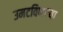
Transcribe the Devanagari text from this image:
उमटविणाऱ्या